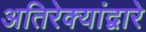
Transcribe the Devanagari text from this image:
अतिरेक्यांद्वारे